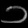
Digit: ၁